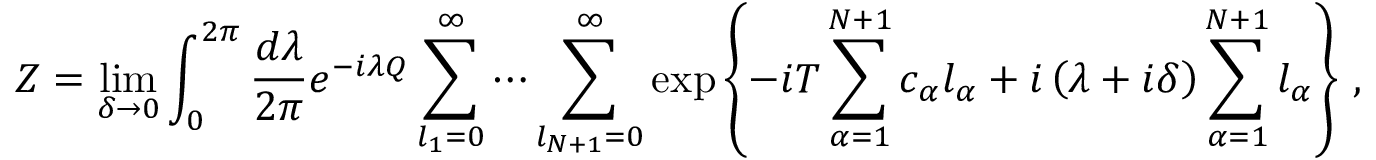
Z = \operatorname * { l i m } _ { \delta \to 0 } \int _ { 0 } ^ { 2 \pi } { \frac { d \lambda } { 2 \pi } } e ^ { - i \lambda Q } \sum _ { l _ { 1 } = 0 } ^ { \infty } \cdots \sum _ { l _ { N + 1 } = 0 } ^ { \infty } \exp { \left\{ { - i T \sum _ { \alpha = 1 } ^ { N + 1 } c _ { \alpha } l _ { \alpha } + i \left( \lambda + i \delta \right) \sum _ { \alpha = 1 } ^ { N + 1 } l _ { \alpha } } \right\} } \ ,